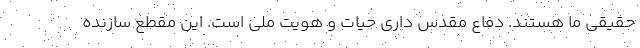
حقیقی ما هستند. دفاع مقدس داری حیات و هویت ملی است. این مقطع سازنده